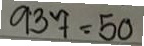
937 = 50